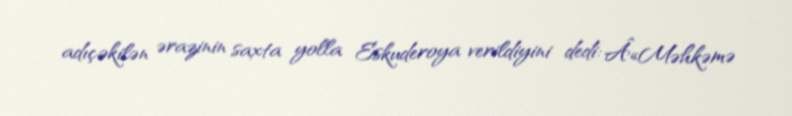
adıçəkilən ərazinin saxta yolla Eskuderoya verildiyini dedi: Â«Məhkəmə